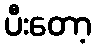
ပီးတော့